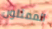
الممثلون